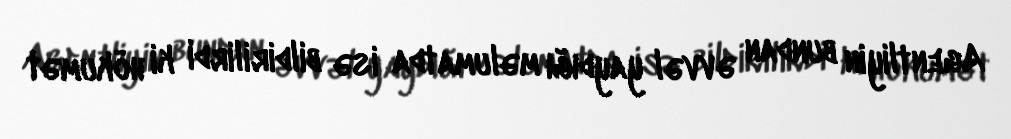
Agentliyin bundan əvvəl yaydığı məlumatda isə bildirilirdi ki hökumət